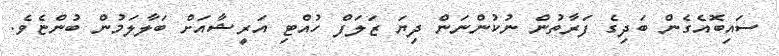
ސައިބޮއެގެން ބަދިގެ ފަރާތުން ނުކުންނަން ދިޔަ ޒަލަފް ހުއްޓި އަރީޝާއަށް ބަލާލަމުން ބުންޏެވެ.